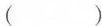
（ ）